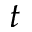
t